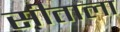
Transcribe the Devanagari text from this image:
सीताला